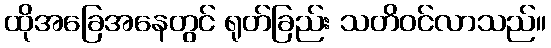
ထိုအခြေအနေတွင် ရုတ်ခြည်း သတိဝင်လာသည်။